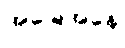
အခြေအနေ